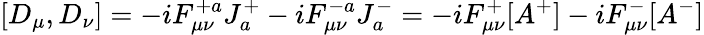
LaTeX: [D_{\mu},D_{\nu}]=-iF_{\mu\nu}^{+a}J_{a}^{+}-iF_{\mu\nu}^{-a}J_{a}^{-}=-iF_{\mu\nu}^{+}[A^{+}]-iF_{\mu\nu}^{-}[A^{-}]